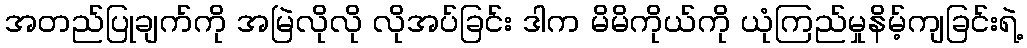
အတည်ပြုချက်ကို အမြဲလိုလို လိုအပ်ခြင်း ဒါက မိမိကိုယ်ကို ယုံကြည်မှုနိမ့်ကျခြင်းရဲ့